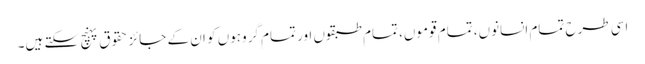
اسی طرح تمام انسانوں، تمام قوموں، تمام طبقوں اور تمام گروہوں کو ان کے جائز حقوق پہنچ سکتے ہیں۔